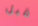
قبل